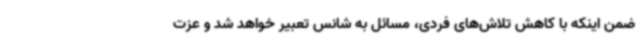
ضمن اینکه با کاهش تلاش‌های فردی، مسائل به شانس تعبیر خواهد شد و عزت